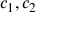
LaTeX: c _ { 1 } , c _ { 2 }